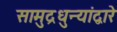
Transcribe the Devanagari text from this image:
सामुद्रधुन्यांद्वारे